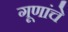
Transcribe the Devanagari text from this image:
गूणांचे